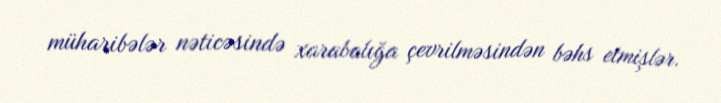
müharibələr nəticəsində xarabalığa çevrilməsindən bəhs etmişlər.